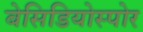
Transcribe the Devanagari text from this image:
बेसिडियोस्पोर